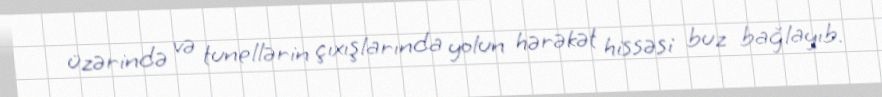
üzərində və tunellərin çıxışlarında yolun hərəkət hissəsi buz bağlayıb.